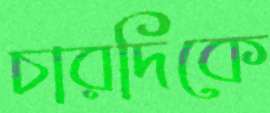
চারদিকে